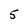
Character: 5